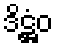
ဒိဋ္ဌံဝ